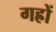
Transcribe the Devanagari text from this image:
गह्रों